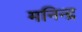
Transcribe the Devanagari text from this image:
मनिन्द्र